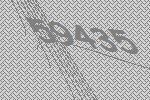
59435